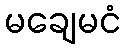
မချေမငံ